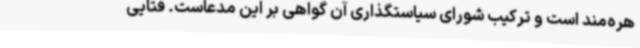
هره‌مند است و ترکیب شورای سیاستگذاری آن گواهی بر این مدعاست. فتایی